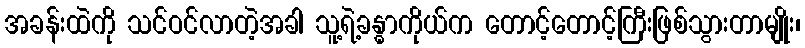
အခန်းထဲကို သင်ဝင်လာတဲ့အခါ သူ့ရဲ့ခန္ဓာကိုယ်က တောင့်တောင့်ကြီးဖြစ်သွားတာမျိုး၊